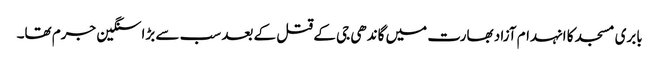
بابری مسجد کا انہدام آزاد بھارت میں گاندھی جی کے قتل کے بعد سب سے بڑا سنگین جرم تھا۔